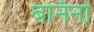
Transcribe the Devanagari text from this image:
बोनॅनो